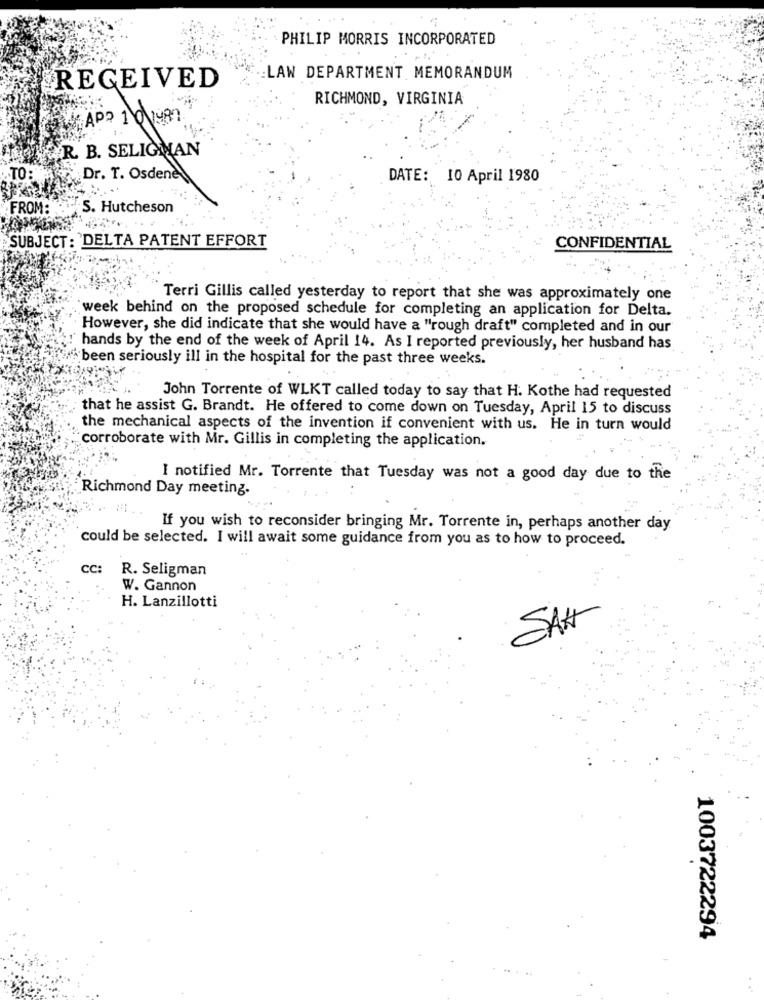
PHILIP MORRIS INCORPORATED
LAW DEPARTMENT MEMORANDUM
RECEIVED
RICHMOND, VIRGINIA
APP 10198
R. B. SELIGHAN
TO:
Dr. T. Osdene
DATE: 10 April 1980
FROM:
S. Hutcheson
SUBJECT: DELTA PATENT EFFORT
CONFIDENTIAL
Terri Gillis called yesterday to report that she was approximately one
week behind on the proposed schedule for completing an application for Delta.
However, she did indicate that she would have a "rough draft" completed and in our
hands by the end of the week of April 14. As I reported previously, her husband has
been seriously ill in the hospital for the past three weeks.
John Torrente of WLKT called today to say that H. Kothe had requested
that he assist G. Brandt. He offered to come down on Tuesday, April 15 to discuss
the mechanical aspects of the invention if convenient with us. He in turn would
corroborate with Mr. Gillis in completing the application.
I notified Mr. Torrente that Tuesday was not a good day due to the
Richmond Day meeting.
If you wish to reconsider bringing Mr. Torrente in, perhaps another day
could be selected. I will await some guidance from you as to how to proceed.
CC:
R. Seligman
W. Gannon
H. Lanzillotti
SAN
1003722294